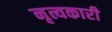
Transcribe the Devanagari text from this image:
नृत्यकारी